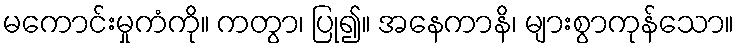
မကောင်းမှုကံကို။ ကတွာ၊ ပြု၍။ အနေကာနိ၊ များစွာကုန်သော။